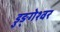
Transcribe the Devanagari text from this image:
डुङ्गेश्वर